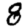
Digit: 8